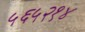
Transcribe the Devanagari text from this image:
५६५२१४